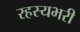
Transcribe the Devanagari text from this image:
रहस्यभरी